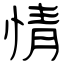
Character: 情